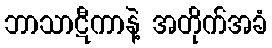
ဘာသာဋီကာနဲ့ အတိုက်အခံ